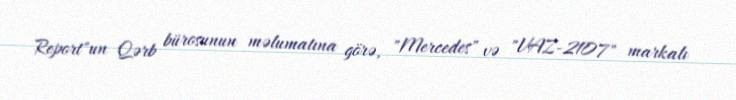
Report"un Qərb bürosunun məlumatına görə, "Mercedes" və "VAZ-2107" markalı